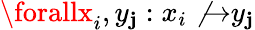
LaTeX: \forallx_{i},y_{\mathbf{j}}:x_{i}\not{\to}y_{\mathbf{j}}